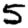
Digit: 5